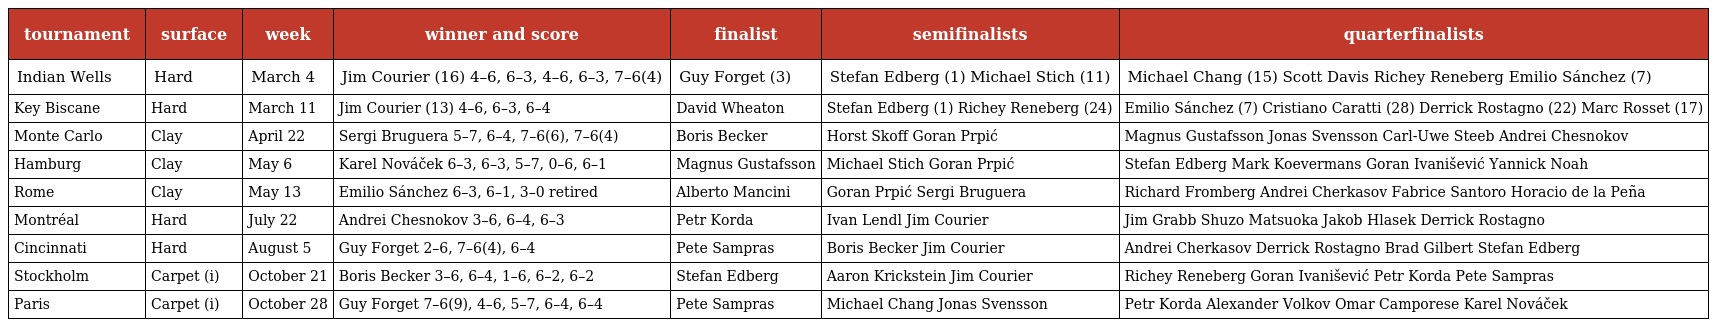
| tournament | surface | week | winner and score | finalist | semifinalists | quarterfinalists |
 | --- | --- | --- | --- | --- | --- | --- |
 | Indian Wells | Hard | March 4 | Jim Courier (16) 4–6, 6–3, 4–6, 6–3, 7–6(4) | Guy Forget (3) | Stefan Edberg (1) Michael Stich (11) | Michael Chang (15) Scott Davis Richey Reneberg Emilio Sánchez (7) |
 | Key Biscane | Hard | March 11 | Jim Courier (13) 4–6, 6–3, 6–4 | David Wheaton | Stefan Edberg (1) Richey Reneberg (24) | Emilio Sánchez (7) Cristiano Caratti (28) Derrick Rostagno (22) Marc Rosset (17) |
 | Monte Carlo | Clay | April 22 | Sergi Bruguera 5–7, 6–4, 7–6(6), 7–6(4) | Boris Becker | Horst Skoff Goran Prpić | Magnus Gustafsson Jonas Svensson Carl-Uwe Steeb Andrei Chesnokov |
 | Hamburg | Clay | May 6 | Karel Nováček 6–3, 6–3, 5–7, 0–6, 6–1 | Magnus Gustafsson | Michael Stich Goran Prpić | Stefan Edberg Mark Koevermans Goran Ivanišević Yannick Noah |
 | Rome | Clay | May 13 | Emilio Sánchez 6–3, 6–1, 3–0 retired | Alberto Mancini | Goran Prpić Sergi Bruguera | Richard Fromberg Andrei Cherkasov Fabrice Santoro Horacio de la Peña |
 | Montréal | Hard | July 22 | Andrei Chesnokov 3–6, 6–4, 6–3 | Petr Korda | Ivan Lendl Jim Courier | Jim Grabb Shuzo Matsuoka Jakob Hlasek Derrick Rostagno |
 | Cincinnati | Hard | August 5 | Guy Forget 2–6, 7–6(4), 6–4 | Pete Sampras | Boris Becker Jim Courier | Andrei Cherkasov Derrick Rostagno Brad Gilbert Stefan Edberg |
 | Stockholm | Carpet (i) | October 21 | Boris Becker 3–6, 6–4, 1–6, 6–2, 6–2 | Stefan Edberg | Aaron Krickstein Jim Courier | Richey Reneberg Goran Ivanišević Petr Korda Pete Sampras |
 | Paris | Carpet (i) | October 28 | Guy Forget 7–6(9), 4–6, 5–7, 6–4, 6–4 | Pete Sampras | Michael Chang Jonas Svensson | Petr Korda Alexander Volkov Omar Camporese Karel Nováček |